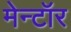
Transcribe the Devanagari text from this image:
मेन्टॉर